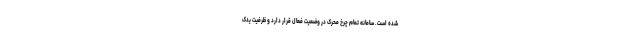
شده است. سامانه تمام چرخ محرک در وضعیت فعال قرار دارد و ظرفیت یدک